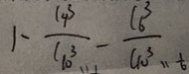
1 - \frac { C _ { 4 } ^ { 3 } } { C ^ { 3 } _ { 1 0 } } - \frac { C _ { 6 } ^ { 3 } } { C _ { 1 0 } ^ { 3 } }